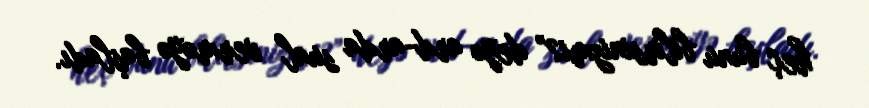
heç bunu bilirsinizmi?” deyə ard-arda sual verməyə başladı.